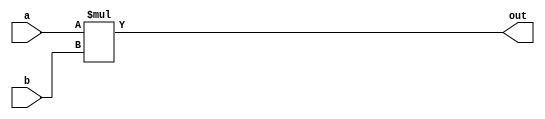
`timescale 1ns / 1ps
//////////////////////////////////////////////////////////////////////////////////
// Company: 
// Engineer: 
// 
// Design Name: 
// Module Name:    multiplicar_0 
// Project Name: 
// Target Devices: 
// Tool versions: 
// Description: 
//
// Dependencies: 
//
// Revision: 
// Revision 0.01 - File Created
// Additional Comments: 
//
//////////////////////////////////////////////////////////////////////////////////
module multiplicar_0(input [4:0]a,b, output reg [9:0]out);

always @(*)
begin 
out = a*b;
end
endmodule